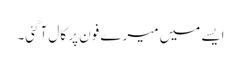
ایسے میں میرے فون پر کال آگئی۔